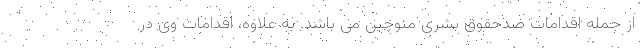
از جمله اقدامات ضدحقوق بشری منوچین می باشد. به علاوه، اقدامات وی در